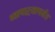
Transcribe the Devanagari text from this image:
व्यापाऱ्यापर्यंत